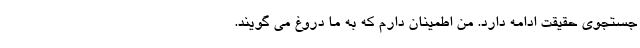
جستجوی حقیقت ادامه دارد. من اطمینان دارم که به ما دروغ می گویند.